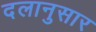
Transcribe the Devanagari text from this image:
दलानुसार